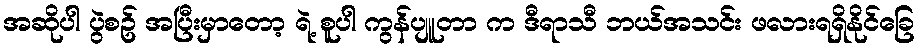
အဆိုပါ ပွဲစဥ် အပြီးမှာတော့ ရဲ့ စူပါ ကွန်ပျူတာ က ဒီရာသီ ဘယ်အသင်း ဖလားရရှိနိုင်ခြေ